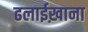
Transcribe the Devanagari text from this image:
ढलाईख़ाना